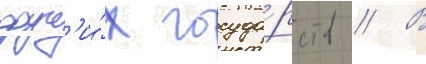
друг'и́х госуда́рств // В